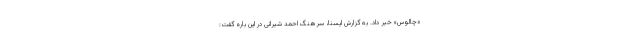
«چالوس» خبر داد. به گزارش ایسنا، سرهنگ احمد شیرانی در این باره گفت: